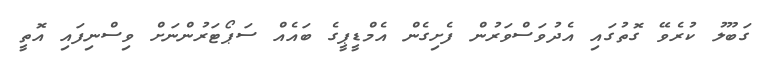
ގަބޫލު ކުރެވޭ ގޮތުގައި އެދުވަސްވަރުން ފެށިގެން އެމްޑީޕީގެ ބައެއް ސަޕޯޓަރުންނަށް ވިސްނިފައި އޮތީ